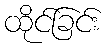
ထိုင်ခြင်း